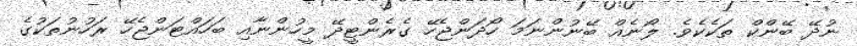
ނުދޭ ބޭންކް ތަކެކެވެ. ލޯނެއް ބޭނުންނަމަ ހޯދަންޖެހޭ ގެރެންޓީދޭ މީހުންނާއި ބަހައްޓަންޖެހޭ ރަހުނުތަކުގެ